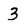
Character: 3